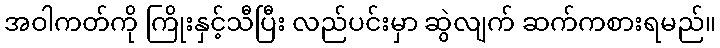
အဝါကတ်ကို ကြိုးနှင့်သီပြီး လည်ပင်းမှာ ဆွဲလျက် ဆက်ကစားရမည်။